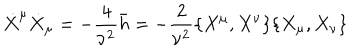
\dot { X } ^ { \mu } \dot { X } _ { \mu } = - \frac { 4 } { \nu ^ { 2 } } \bar { h } = - \frac { 2 } { \nu ^ { 2 } } \{ X ^ { \mu } , X ^ { \nu } \} \{ X _ { \mu } , X _ { \nu } \}